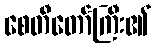
စေတီတော်ကြီး၏